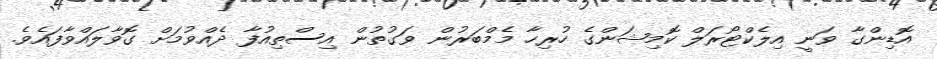
އޮޑިންގާ ވަނީ އިލެކްޓޯރަލް ކޮމިޝަންގެ ހުރިހާ މެމްބަރުން ވަގުތުން އިސްތިއުފާ ދެއްވުމަށް ގޮވާލައްވާފައެވެ.